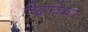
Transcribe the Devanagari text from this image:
निद्राविकार